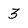
Character: 3